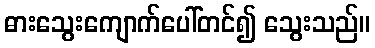
ဓားသွေးကျောက်ပေါ်တင်၍ သွေးသည်။